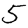
Digit: 5